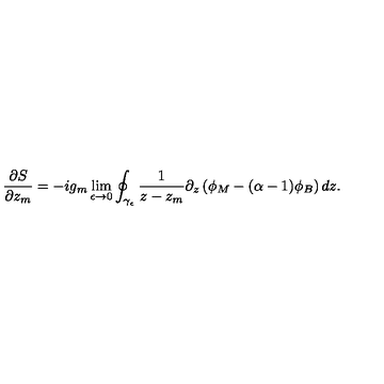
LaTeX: \frac { \partial S } { \partial z _ { m } } = - i g _ { m } \lim _ { \epsilon \rightarrow 0 } \oint _ { \gamma _ { \epsilon } } \frac { 1 } { z - z _ { m } } \partial _ { z } \left( \phi _ { M } - ( \alpha - 1 ) \phi _ { B } \right) d z .